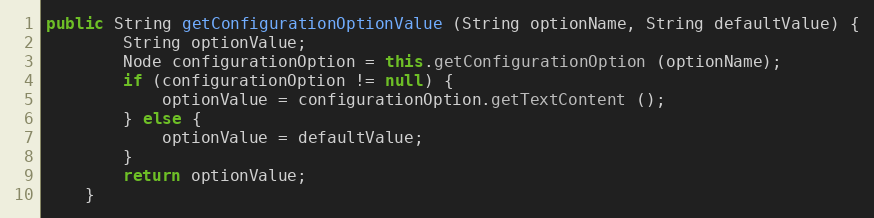
Language: Java
public String getConfigurationOptionValue (String optionName, String defaultValue) {
		String optionValue;
		Node configurationOption = this.getConfigurationOption (optionName);
		if (configurationOption != null) {
			optionValue = configurationOption.getTextContent ();
		} else {
			optionValue = defaultValue;
		}
		return optionValue;
	}